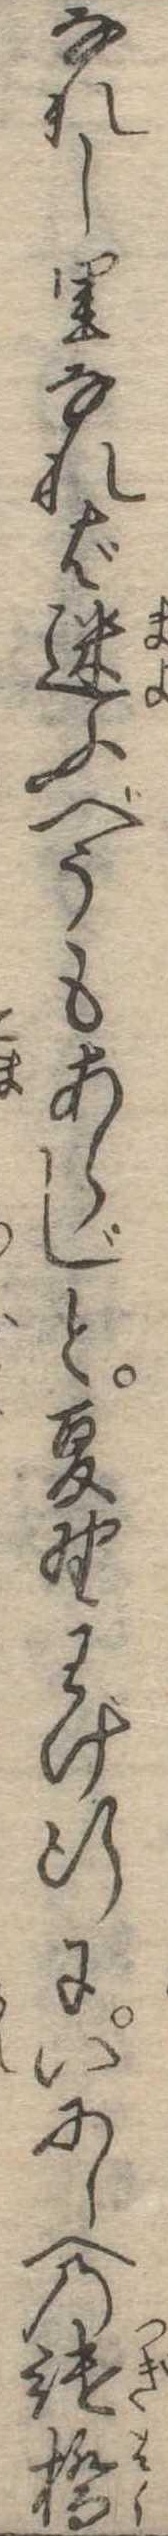
なれし里なれば迷ふべうもあらじと夏野わけ行にいにしへの継橋